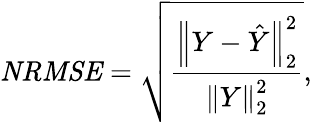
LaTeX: \mathit{NRMSE}=\sqrt{\frac{\left\lVert Y-\hat{Y}\right\rVert_{2}^{2}}{\left\lVert Y\right\rVert_{2}^{2}}},